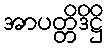
အာပတ္တိဒိဋ္ဌိ